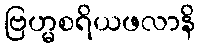
ဗြဟ္မစရိယဖလာနိ